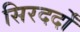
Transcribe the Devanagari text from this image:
सिरदर्दों